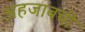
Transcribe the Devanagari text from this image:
अहजाबची